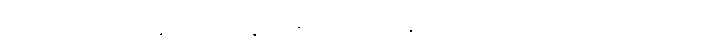
သေတမှိ ဆတ္တေ အနုဓာရိယမာနေ သဗ္ဗာ စ ဒိသာ အနုဝိလောကေတိ, အာသဘိံ ဝါစံ ဘာသတိ